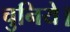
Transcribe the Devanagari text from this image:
चुनिये।